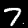
Label: 7